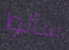
سألوا